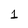
Character: 1